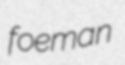
foeman